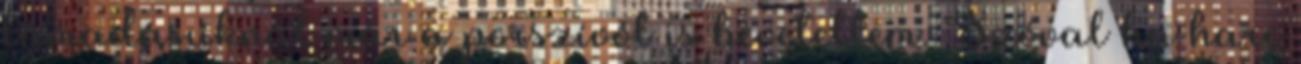
támadásuknál már a porszívót is bevetettem. Szóval ha harc